Medical and sanitary report of the native army of Bengal for the year
Year: 1875
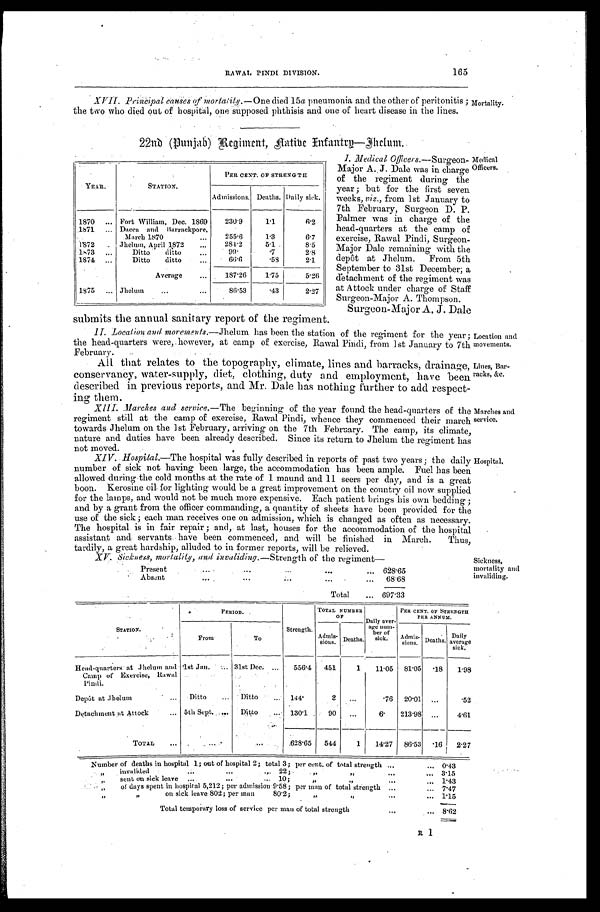
I. Medical Officers.— Surgeon-
Major A. J . Dale was in charge
of the regiment during the
year ; but for the first seven
weeks, viz., from 1st January to
7th February, Surgeon D. P.
Palmer was in charge of the
head-quarters at the camp of
exercise, Rawal Pindi, Surgeon-
Major Dale remaining with the
depôt at Jhelum. From 5th
September to 31st December; a
detachment of the regiment was
at Attock under charge of Staff
Surgeon-Major A. Thompson.
Surgeon-Major A. J. Dale
Medical
Officers.
Location and
movements.
Lines, Bar-
racks, &c.
XV. Sickness, mortality, and invaliding.— Strength of the regiment—
Present
...
. . .
. . .
. . .
... 628.65
Absent
. . .
...
...
...
...
68.68
Total
... 697.33
Sickness,
mortality and
invaliding.
165
RAWAL PINDI DIVISION.
XVII. Principal causes of mortality.— One died 15 a pneumonia and the other of peritonitis ;
the two who died out of hospital, one supposed phthisis and one of heart disease in the lines.
Mortality.
22nd (Punjab) Regiment, Native Infantry—Jhelum.
YEAR.
STATION.
PER CENT. OF STRENGTH
Admissions. Deaths. Daily sick.
1870 ... Fort William, Dec. 1869
230.9
1 . 1
6.2
1871
... Dacca and Barrackpore,
March 1870
. . .
255.6
1.3
6.7
1 8 7 2
. Jhelum, April 1872
...
284.2
5.1
8.5
1 8 7 3
. . .
Ditto
ditto
. . .
99.
. 7
2 . 8
1874 ...
Ditto
ditto
. . .
66 .6 .58
2.1
Average
...
1 8 7 . 2 6
1.75
5.26
1875
... Jhelum ...
... 86.53
.43
2.27
submits the annual sanitary report of the regiment.
II. Location and morements.—Jhelum has been the station of the regiment for the year;
the head-quarters were, however, at camp of exercise, Rawal Pindi, from 1st January to 7th
February.
All that relates to the topography, climate, lines and barracks, drainage,
conservancy, water-supply, diet, clothing, duty and employment, have been
described in previous reports, and Mr. Dale has nothing further to add respect
ing them.
XIII. Marches and service.—The
beginning of the year found the head-quarters of the
regiment still at the camp of exercise, Rawal Pindi, whence they commenced their march
towards Jhelum on the 1st February, arriving on the 7th February. The camp, its climate,
nature and duties have been already described. Since its return to Jhelum the regiment has
not moved.
XIV. Hospital. —T h e
h o s p i t a l w a s f u l l y d e s c r i b e d i n r e p o r t s o f p a s t t w o y e a r s ; t h e d a i l y
number of sick not having been large, the accommodation has been ample. Fuel has been
allowed during the cold months at the rate of 1 maund and 11 seers per day, and is a great
boon. Kerosine oil for lighting would be a great improvement on the country oil now supplied
for the lamps, and would not be much more expensive. Each patient brings his own bedding ;
and by a grant from the officer commanding, a quantity of sheets have been provided for the
use of the sick ; each man receives one on admission, which is changed as often as necessary.
The hospital is in fair repair ; and, at last, houses for the accommodation of the hospital
assistant and servants have been commenced, and will be finished in March. Thus,
tardily, a great hardship, alluded to in former reports, will be relieved.
Marches and
service.
Hospital.
STATION.
PERIOD.
Strength.
TOTAL NUMBER
OF
Daily aver-
age num-
ber of
sick.
PER CENT. OF STRENGTH
PER ANNUM.
From
To
Admis-
sions. Deaths.
Admis-
sions. Deaths.
Daily
average
s i c k .
Head-quarters at Jhelum and
Camp of Exercise,
R a w a l
P i n d i .
1st Jan.
... 31st Dec. ...
556.4
451
1
11.05
81.05
.18
1.98
Depôt at Jhelum
. . . Ditto
...
D i t t o
. . . 144.
3
...
.76
20.01 ...
.52
Detachment at Attock
... 5th Sept.
. . . Ditto
. . . 130.1
90
...
6 .
213.98 ...
4.61
TOTAL
...
. . .
. . .
628.65
544
1
14.27
86.53 .16
2.27
Number of deaths in hospital 1; out of hospital 2 ; total 3 ; per cent. of total strength ...
... 0.43
,,
invalided
...
...
. . . 22 ;
, ,
, ,
. . .
... 3.15
„
sent on sick leave ...
. . . . . . 10 ;
„ „
. . .
. . . 1.43
„
of days spent in hospital 5,212 ; per admission 9.58 ; per man of total strength ...
... 7.47
„ „
on sick leave 802 ; per man
80.2 ;
„ „
. . .
. . . 1.15
Total temporary loss of service per man of total strength
...
. . .
8 . 6 2
R 1